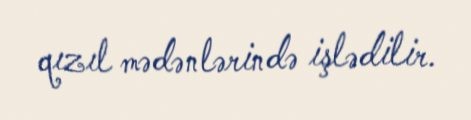
qızıl mədənlərində işlədilir.